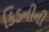
કિડનીની